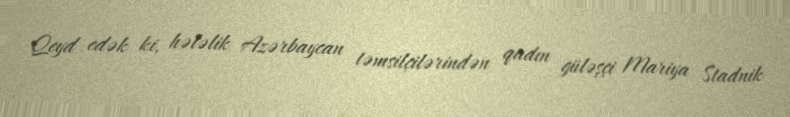
Qeyd edək ki, hələlik Azərbaycan təmsilçilərindən qadın güləşçi Mariya Stadnik